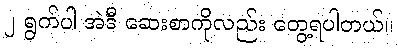
၂ ရွက်ပါ အဲဒီ ဆေးစာကိုလည်း တွေ့ရပါတယ်။